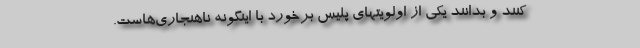
کنند و بدانند یکی از اولویتهای پلیس برخورد با اینگونه ناهنجاری‌هاست.